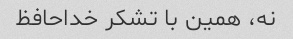
نه، همین با تشکر خداحافظ